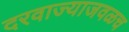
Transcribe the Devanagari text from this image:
दरवाज्याजवळच